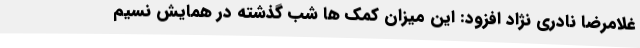
غلامرضا نادری نژاد افزود: این میزان کمک ها شب گذشته در همایش نسیم